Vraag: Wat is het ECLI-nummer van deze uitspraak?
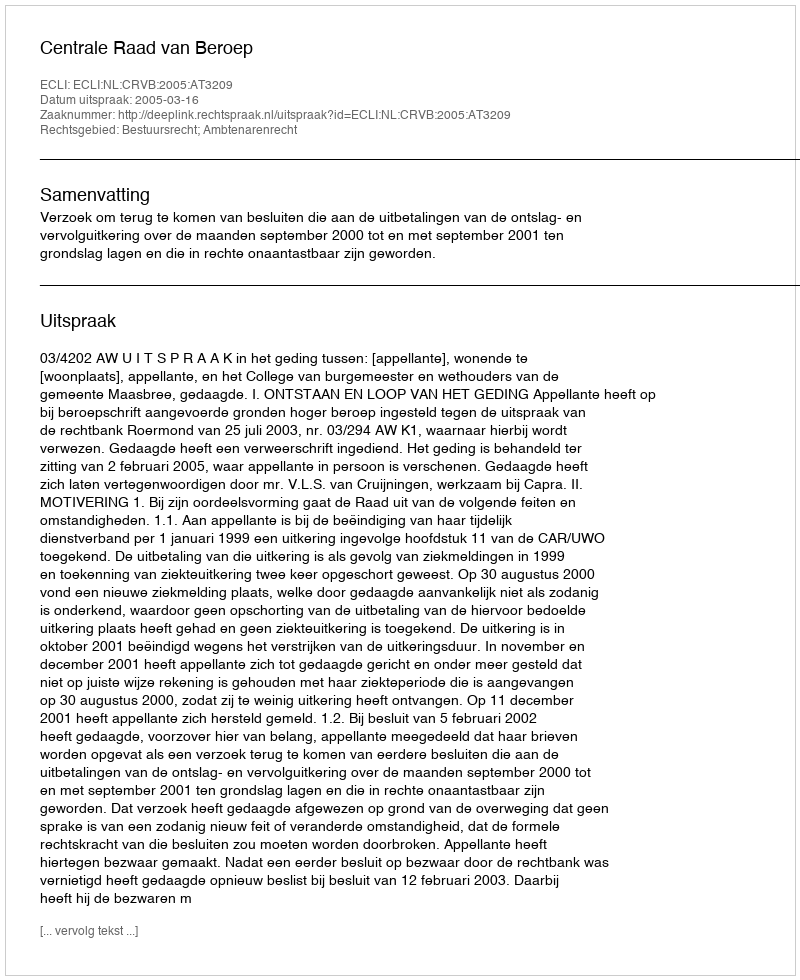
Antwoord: ECLI:NL:CRVB:2005:AT3209